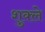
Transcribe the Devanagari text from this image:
शुक्ले